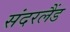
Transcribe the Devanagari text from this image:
संदरलैंड